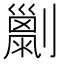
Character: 𠠌